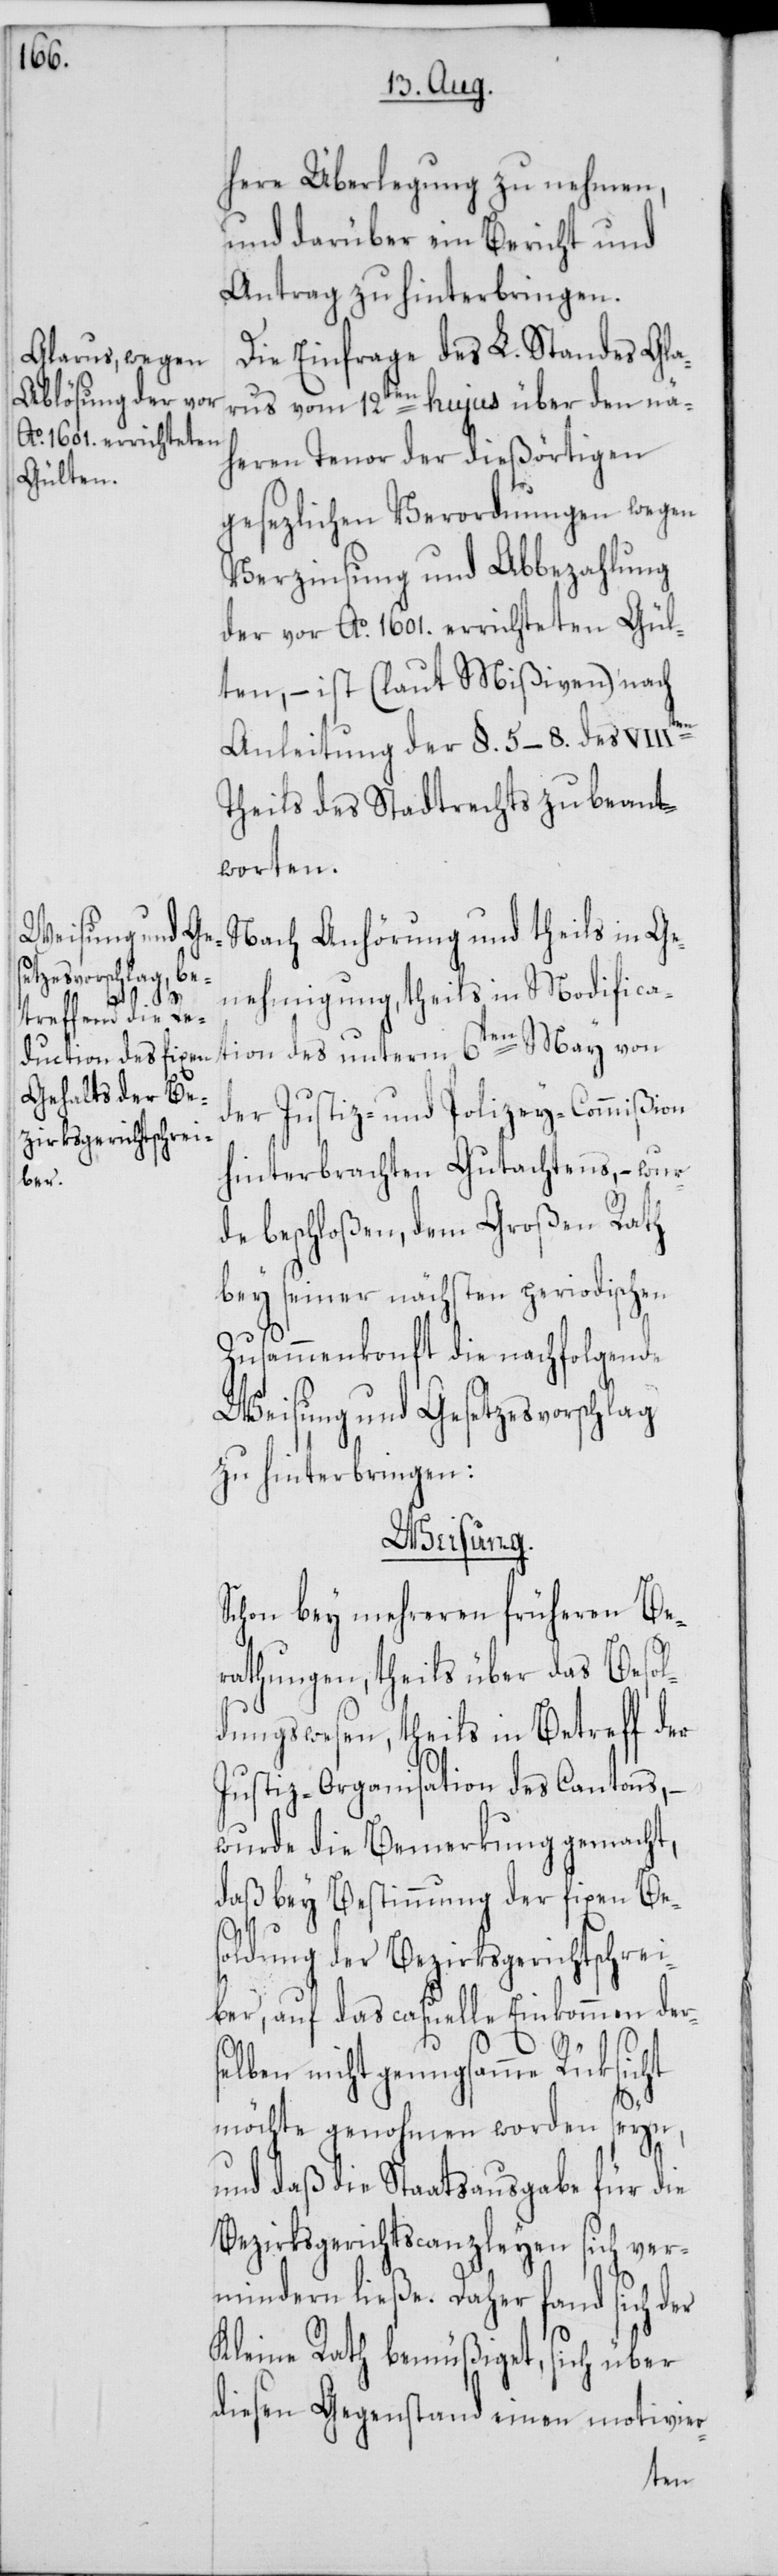
here Überlegung zu nehmen,
und darüber ein Bericht und
Antrag zu hinterbringen.
Die Einfrage des L. Standes Gla¬
rus vom 12ten hujus über den nä¬
heren Tenor der dießörtigen
gesezlichen Verordnungen wegen
Verzinsung und Abbezahlung
der vor Ao. 1601. errichteten Gül¬
ten, – ist (laut Mißiven) nach
Anleitung der §. 5 bis 8. des VII¬
Theils des Stadtrechts zu beant¬
worten.
Nach Anhörung und theils in Ge¬
nehmigung, theils in Modifica¬
tion des unterm 6ten May von
der Justiz- und Polizey-Commißion
hinterbrachten Gutachtens, – wur¬
de beschloßen, dem Großen Rath
bey seiner nächsten periodischen
Zusammenkonft die nachfolgende
Weisung und Gesetzesvorschlag
zu hinterbringen:
Weisung.
Schon bey mehreren früheren Be¬
rathungen, theils über das Besol¬
dungswesen, theils in Betreff der
Justiz-Organisation des Cantons,
wurde die Bemerkung gemacht,
daß bey Bestimmung der fixen Be¬
soldung der Bezirksgerichtschrei¬
ber, auf das casuelle Einkommen ders¬
elben nicht genugsamme Rüksicht
möchte genohmen worden seyn,
und daß die Staatsausgabe für die
Bezirksgerichtscanzleyen sich ver¬
mindern ließe. Daher fand sich der
Kleine Rath bemüßiget, sich über
diesen Gegenstand einen motivier-
Iten